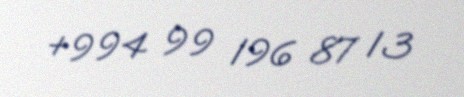
+994 99 196 87 13